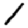
Digit: 1